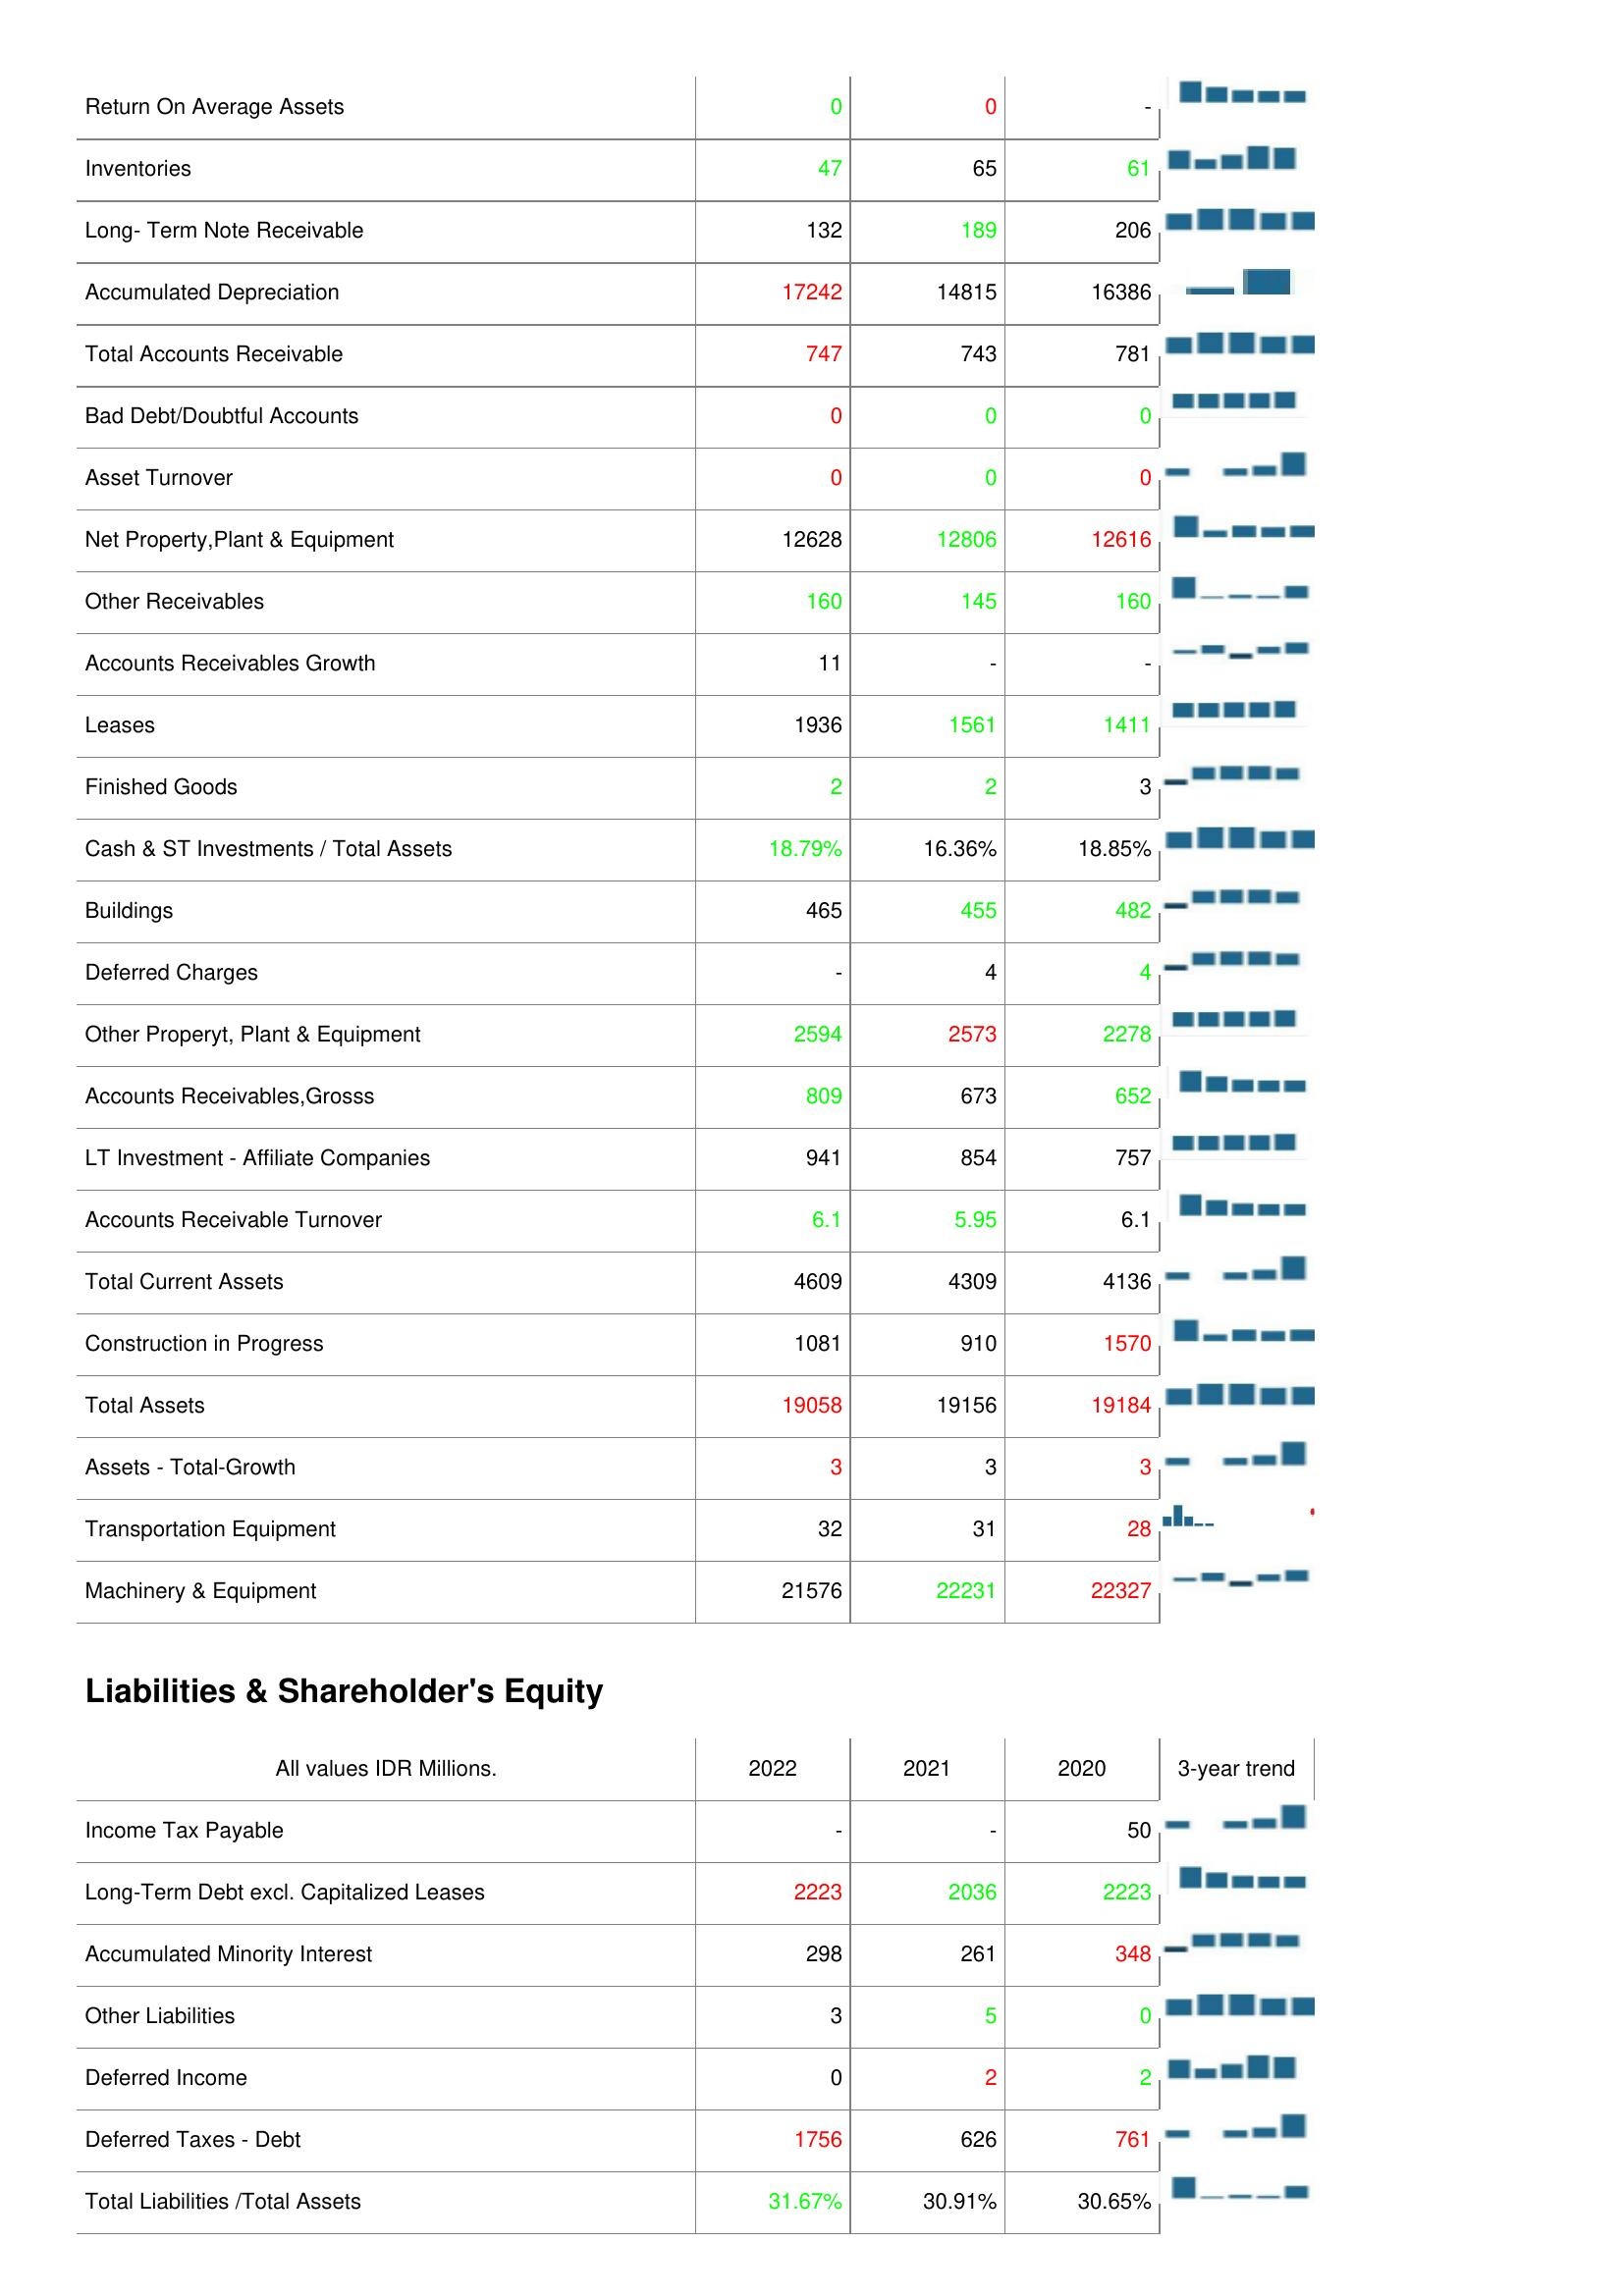
2022: Assets: Return On Average Assets: 0
Inventories: 47
Long- Term Note Receivable: 132
Accumulated Depreciation: 17242
Total Accounts Receivable: 747
Bad Debt/Doubtful Accounts: 0
Asset Turnover: 0
Net Property,Plant & Equipment: 12628
Other Receivables: 160
Accounts Receivables Growth: 11
Leases: 1936
Finished Goods: 2
Cash & ST Investments / Total Assets: 18.79%
Buildings: 465
Deferred Charges: -
Other Properyt, Plant & Equipment: 2594
Accounts Receivables,Grosss: 809
LT Investment - Affiliate Companies: 941
Accounts Receivable Turnover: 6.1
Total Current Assets: 4609
Construction in Progress: 1081
Total Assets: 19058
Assets - Total-Growth: 3
Transportation Equipment: 32
Machinery & Equipment: 21576
Liabilities & Shareholder's Equity: Income Tax Payable: -
Long-Term Debt excl. Capitalized Leases: 2223
Accumulated Minority Interest: 298
Other Liabilities: 3
Deferred Income: 0
Deferred Taxes - Debt: 1756
Total Liabilities /Total Assets: 31.67%
2021: Assets: Return On Average Assets: 0
Inventories: 65
Long- Term Note Receivable: 189
Accumulated Depreciation: 14815
Total Accounts Receivable: 743
Bad Debt/Doubtful Accounts: 0
Asset Turnover: 0
Net Property,Plant & Equipment: 12806
Other Receivables: 145
Accounts Receivables Growth: -
Leases: 1561
Finished Goods: 2
Cash & ST Investments / Total Assets: 16.36%
Buildings: 455
Deferred Charges: 4
Other Properyt, Plant & Equipment: 2573
Accounts Receivables,Grosss: 673
LT Investment - Affiliate Companies: 854
Accounts Receivable Turnover: 5.95
Total Current Assets: 4309
Construction in Progress: 910
Total Assets: 19156
Assets - Total-Growth: 3
Transportation Equipment: 31
Machinery & Equipment: 22231
Liabilities & Shareholder's Equity: Income Tax Payable: -
Long-Term Debt excl. Capitalized Leases: 2036
Accumulated Minority Interest: 261
Other Liabilities: 5
Deferred Income: 2
Deferred Taxes - Debt: 626
Total Liabilities /Total Assets: 30.91%
2020: Assets: Return On Average Assets: -
Inventories: 61
Long- Term Note Receivable: 206
Accumulated Depreciation: 16386
Total Accounts Receivable: 781
Bad Debt/Doubtful Accounts: 0
Asset Turnover: 0
Net Property,Plant & Equipment: 12616
Other Receivables: 160
Accounts Receivables Growth: -
Leases: 1411
Finished Goods: 3
Cash & ST Investments / Total Assets: 18.85%
Buildings: 482
Deferred Charges: 4
Other Properyt, Plant & Equipment: 2278
Accounts Receivables,Grosss: 652
LT Investment - Affiliate Companies: 757
Accounts Receivable Turnover: 6.1
Total Current Assets: 4136
Construction in Progress: 1570
Total Assets: 19184
Assets - Total-Growth: 3
Transportation Equipment: 28
Machinery & Equipment: 22327
Liabilities & Shareholder's Equity: Income Tax Payable: 50
Long-Term Debt excl. Capitalized Leases: 2223
Accumulated Minority Interest: 348
Other Liabilities: 0
Deferred Income: 2
Deferred Taxes - Debt: 761
Total Liabilities /Total Assets: 30.65%